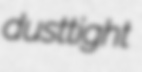
dusttight